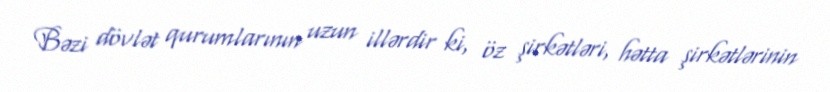
Bəzi dövlət qurumlarının uzun illərdir ki, öz şirkətləri, hətta şirkətlərinin